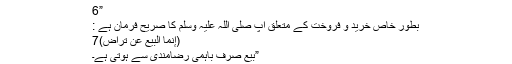
”6
بطورِ خاص خرید و فروخت کے متعلق آپ صلی اللہ علیہ وسلم کا صریح فرمان ہے :
(إنما البیع عن تراض)7
”بیع صرف باہمی رضامندی سے ہوتی ہے۔